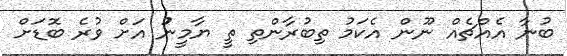
ބުނާ އެއްޗެއް ނޫން އެކަމު ތިބުރާންތި ތީ ޔާމީނުު އަށް ވުުުރެ ބޮޑަށް